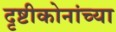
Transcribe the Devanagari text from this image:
दृष्टीकोनांच्या